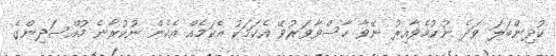
ކުދިންބަލަ ވަދެ ނުކުމެވާއިރު ނޭވާ ހާސްވާވަރުވޭ އެކަމަކު އެކަމެއް އެހެން ނުކުރާނެ މުއްސަދިންގެ